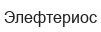
Элефтериос